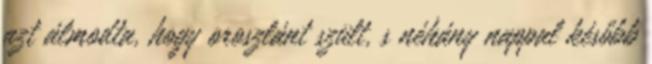
azt álmodta, hogy oroszlánt szült, s néhány nappal később